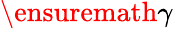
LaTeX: \ensuremath{\gamma}